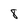
Character: 8